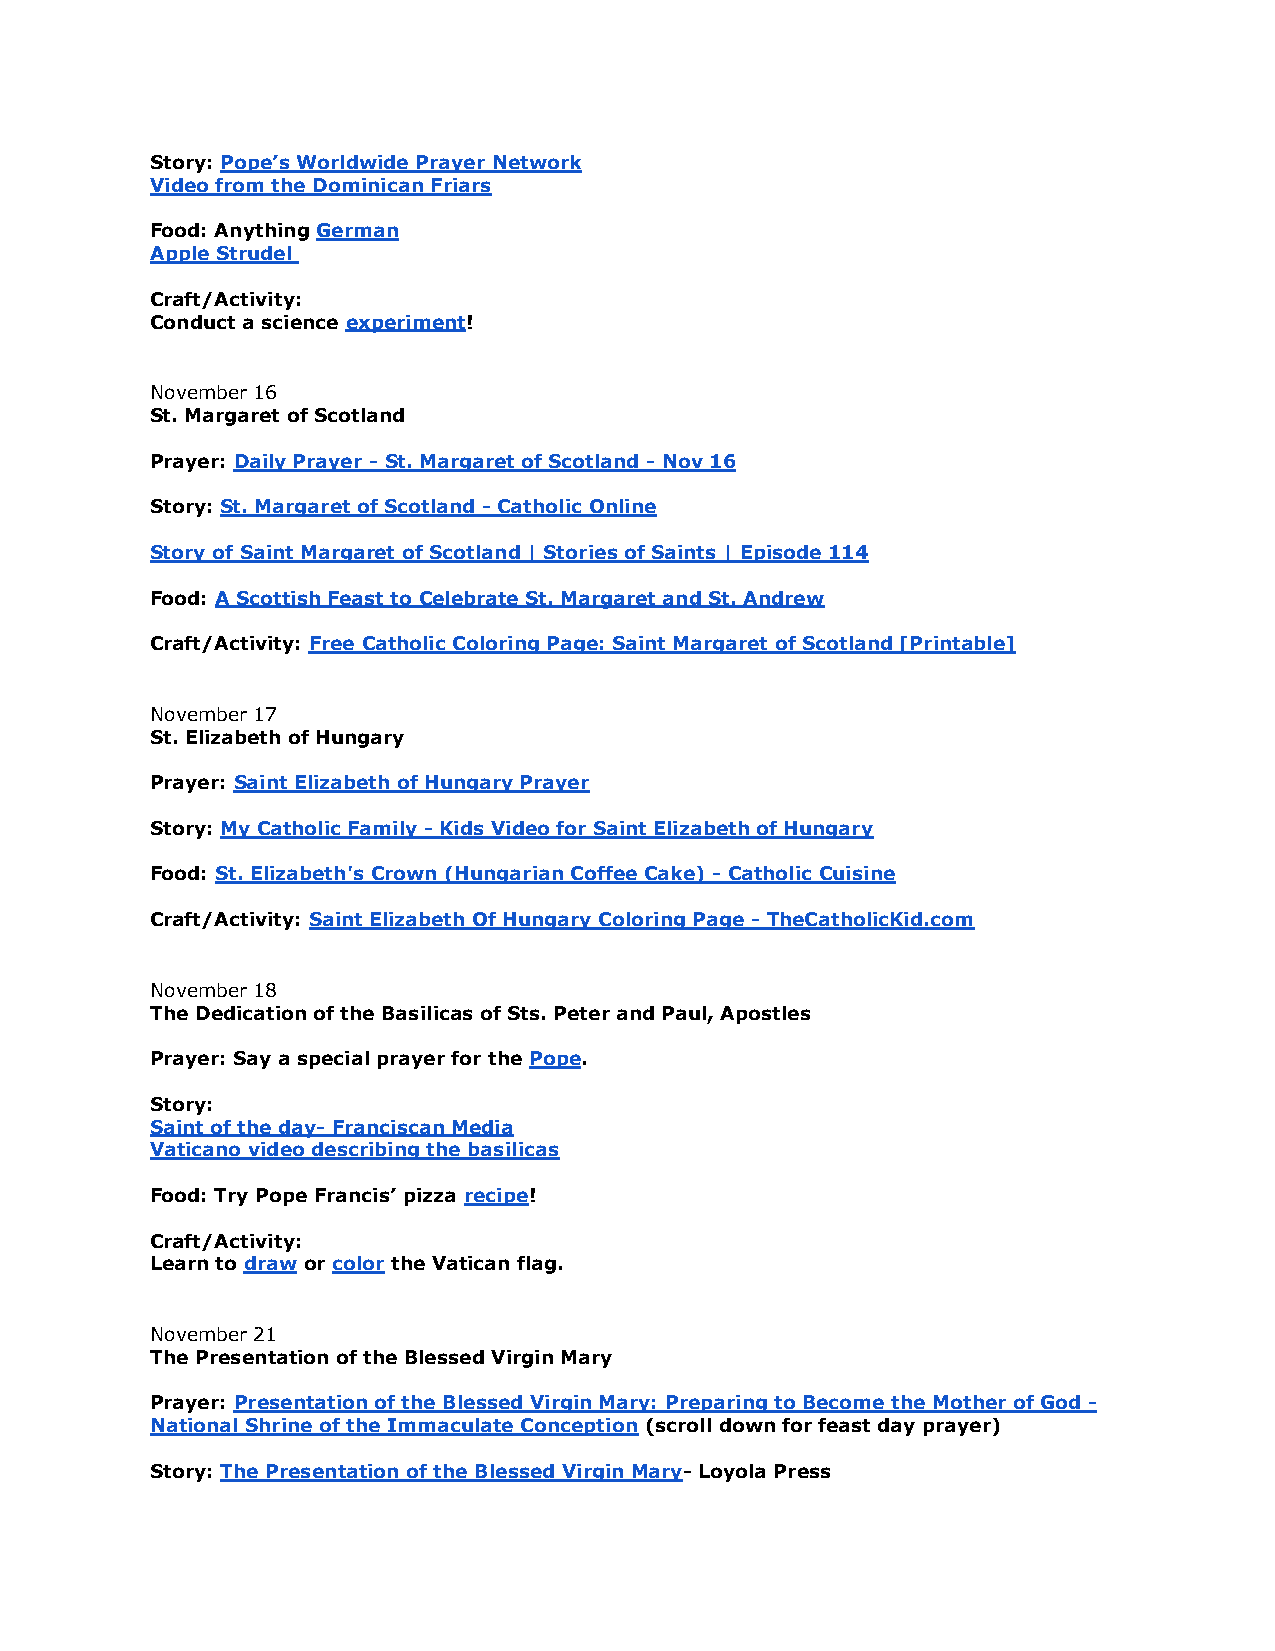
Story: Pope’s Worldwide Prayer Network
 Video from the Dominican Friars
 Food: Anything German
 Apple Strudel
 Craft/Activity:
 Conduct a science experiment!
 November 16
 St. Margaret of Scotland
 Prayer: Daily Prayer - St. Margaret of Scotland - Nov 16
 Story: St. Margaret of Scotland - Catholic Online
 Story of Saint Margaret of Scotland | Stories of Saints | Episode 114
 Food: A Scottish Feast to Celebrate St. Margaret and St. Andrew
 Craft/Activity: Free Catholic Coloring Page: Saint Margaret of Scotland [Printable]
 November 17
 St. Elizabeth of Hungary
 Prayer: Saint Elizabeth of Hungary Prayer
 Story: My Catholic Family - Kids Video for Saint Elizabeth of Hungary
 Food: St. Elizabeth's Crown (Hungarian Coffee Cake) - Catholic Cuisine
 Craft/Activity: Saint Elizabeth Of Hungary Coloring Page - TheCatholicKid.com
 November 18
 The Dedication of the Basilicas of Sts. Peter and Paul, Apostles
 Prayer: Say a special prayer for the Pope.
 Story:
 Saint of the day- Franciscan Media
 Vaticano video describing the basilicas
 Food: Try Pope Francis’ pizza recipe!
 Craft/Activity:
 Learn to draw or color the Vatican flag.
 November 21
 The Presentation of the Blessed Virgin Mary
 Prayer: Presentation of the Blessed Virgin Mary: Preparing to Become the Mother of God -
 National Shrine of the Immaculate Conception (scroll down for feast day prayer)
 Story: The Presentation of the Blessed Virgin Mary- Loyola Press